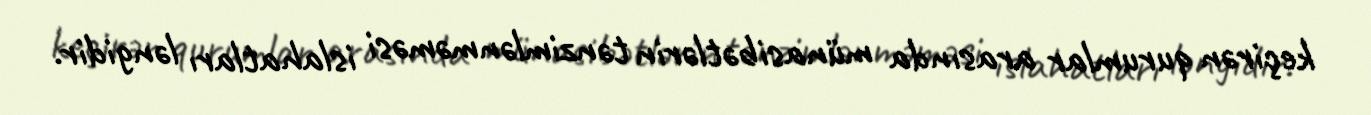
keçirən qurumlar arasında münasibətlərin tənzimlənməməsi islahatları ləngidir.